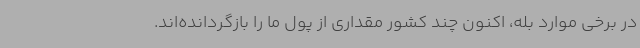
در برخی موارد بله، اکنون چند کشور مقداری از پول ما را بازگردانده‌اند.